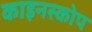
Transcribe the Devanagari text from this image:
काइनस्कोप